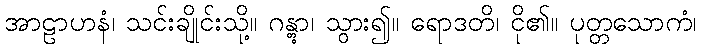
အာဠာဟနံ၊ သင်းချိုင်းသို့။ ဂန္တွာ၊ သွား၍။ ရောဒတိ၊ ငို၏။ ပုတ္တသောကံ၊